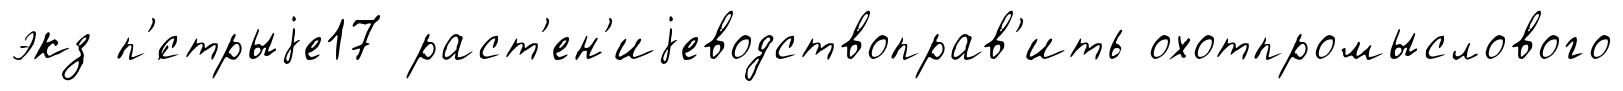
экз п'́стрыjе17 раст'ен'иjеводствоправ'ить охотпромыслового